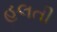
હલતી